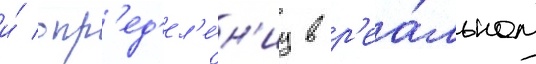
и́ опр'ед'ел'е́н'иу в р'еа́льном